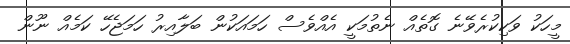
މީހަކު ވަކިކުރެވޭނެ ގޮތެއް ނެތުމަކީ އެއްވެސް ހަމައަކުން ބަލާއިރު ހަމަޖެހޭ ކަމެއް ނޫން